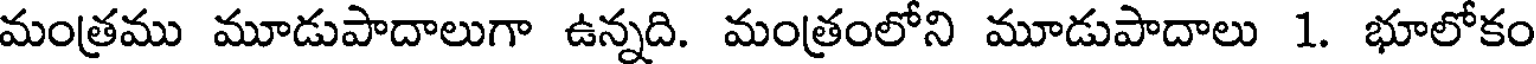
మంత్రము మూడుపాదాలుగా ఉన్నది. మంత్రంలోని మూడుపాదాలు 1. భూలోకం